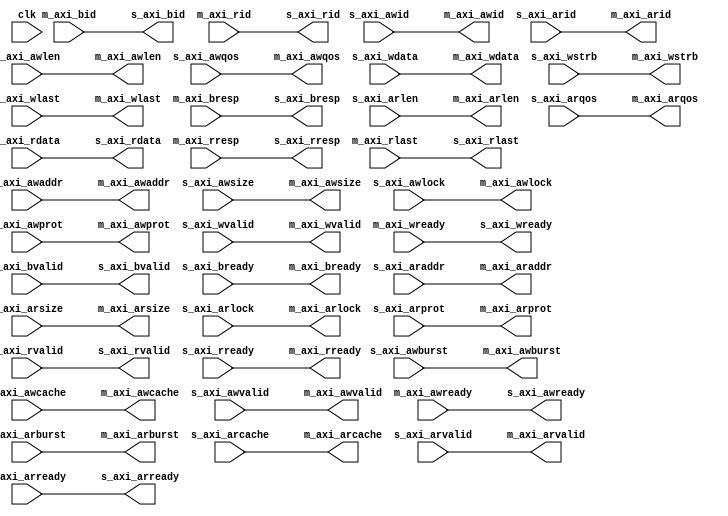
module axi_combiner #
(
	parameter integer C_M_AXI_ID_WIDTH	= 1,
	parameter integer C_M_AXI_ADDR_WIDTH	= 32,
	parameter integer C_M_AXI_DATA_WIDTH	= 32
)
(
	input wire clk,

	/// M_AXI_W
	output wire [C_M_AXI_ID_WIDTH-1 : 0] m_axi_awid,
	output wire [C_M_AXI_ADDR_WIDTH-1 : 0] m_axi_awaddr,
	output wire [7 : 0] m_axi_awlen,
	output wire [2 : 0] m_axi_awsize,
	output wire [1 : 0] m_axi_awburst,
	output wire  m_axi_awlock,
	output wire [3 : 0] m_axi_awcache,
	output wire [2 : 0] m_axi_awprot,
	output wire [3 : 0] m_axi_awqos,
	output wire  m_axi_awvalid,
	input wire  m_axi_awready,
	output wire [C_M_AXI_DATA_WIDTH-1 : 0] m_axi_wdata,
	output wire [C_M_AXI_DATA_WIDTH/8-1 : 0] m_axi_wstrb,
	output wire  m_axi_wlast,
	output wire  m_axi_wvalid,
	input wire  m_axi_wready,
	input wire [C_M_AXI_ID_WIDTH-1 : 0] m_axi_bid,
	input wire [1 : 0] m_axi_bresp,
	input wire  m_axi_bvalid,
	output wire  m_axi_bready,
	// M_AXI_R
	output wire [C_M_AXI_ID_WIDTH-1 : 0] m_axi_arid,
	output wire [C_M_AXI_ADDR_WIDTH-1 : 0] m_axi_araddr,
	output wire [7 : 0] m_axi_arlen,
	output wire [2 : 0] m_axi_arsize,
	output wire [1 : 0] m_axi_arburst,
	output wire  m_axi_arlock,
	output wire [3 : 0] m_axi_arcache,
	output wire [2 : 0] m_axi_arprot,
	output wire [3 : 0] m_axi_arqos,
	output wire  m_axi_arvalid,
	input wire  m_axi_arready,
	input wire [C_M_AXI_DATA_WIDTH-1 : 0] m_axi_rdata,
	input wire [C_M_AXI_ID_WIDTH-1 : 0] m_axi_rid,
	input wire [1 : 0] m_axi_rresp,
	input wire  m_axi_rlast,
	input wire  m_axi_rvalid,
	output wire  m_axi_rready,

	/// S_AXI_W
	input wire [C_M_AXI_ID_WIDTH-1 : 0] s_axi_awid,
	input wire [C_M_AXI_ADDR_WIDTH-1 : 0] s_axi_awaddr,
	input wire [7 : 0] s_axi_awlen,
	input wire [2 : 0] s_axi_awsize,
	input wire [1 : 0] s_axi_awburst,
	input wire  s_axi_awlock,
	input wire [3 : 0] s_axi_awcache,
	input wire [2 : 0] s_axi_awprot,
	input wire [3 : 0] s_axi_awqos,
	input wire  s_axi_awvalid,
	output wire  s_axi_awready,
	input wire [C_M_AXI_DATA_WIDTH-1 : 0] s_axi_wdata,
	input wire [C_M_AXI_DATA_WIDTH/8-1 : 0] s_axi_wstrb,
	input wire  s_axi_wlast,
	input wire  s_axi_wvalid,
	output wire  s_axi_wready,
	output wire [C_M_AXI_ID_WIDTH-1 : 0] s_axi_bid,
	output wire [1 : 0] s_axi_bresp,
	output wire  s_axi_bvalid,
	input wire  s_axi_bready,
	// S_AXI_R
	input wire [C_M_AXI_ID_WIDTH-1 : 0] s_axi_arid,
	input wire [C_M_AXI_ADDR_WIDTH-1 : 0] s_axi_araddr,
	input wire [7 : 0] s_axi_arlen,
	input wire [2 : 0] s_axi_arsize,
	input wire [1 : 0] s_axi_arburst,
	input wire  s_axi_arlock,
	input wire [3 : 0] s_axi_arcache,
	input wire [2 : 0] s_axi_arprot,
	input wire [3 : 0] s_axi_arqos,
	input wire  s_axi_arvalid,
	output wire  s_axi_arready,
	output wire [C_M_AXI_DATA_WIDTH-1 : 0] s_axi_rdata,
	output wire [C_M_AXI_ID_WIDTH-1 : 0] s_axi_rid,
	output wire [1 : 0] s_axi_rresp,
	output wire  s_axi_rlast,
	output wire  s_axi_rvalid,
	input wire  s_axi_rready
);
	assign m_axi_awid = s_axi_awid;
	assign m_axi_awaddr = s_axi_awaddr;
	assign m_axi_awlen = s_axi_awlen;
	assign m_axi_awsize = s_axi_awsize;
	assign m_axi_awburst = s_axi_awburst;
	assign m_axi_awlock = s_axi_awlock;
	assign m_axi_awcache = s_axi_awcache;
	assign m_axi_awprot = s_axi_awprot;
	assign m_axi_awqos = s_axi_awqos;
	assign m_axi_awvalid = s_axi_awvalid;
	assign s_axi_awready = m_axi_awready;
	assign m_axi_wdata = s_axi_wdata;
	assign m_axi_wstrb = s_axi_wstrb;
	assign m_axi_wlast = s_axi_wlast;
	assign m_axi_wvalid = s_axi_wvalid;
	assign s_axi_wready = m_axi_wready;
	assign s_axi_bid = m_axi_bid;
	assign s_axi_bresp = m_axi_bresp;
	assign s_axi_bvalid = m_axi_bvalid;
	assign m_axi_bready = s_axi_bready;
	// M_AXI_R
	assign m_axi_arid = s_axi_arid;
	assign m_axi_araddr = s_axi_araddr;
	assign m_axi_arlen = s_axi_arlen;
	assign m_axi_arsize = s_axi_arsize;
	assign m_axi_arburst = s_axi_arburst;
	assign m_axi_arlock = s_axi_arlock;
	assign m_axi_arcache = s_axi_arcache;
	assign m_axi_arprot = s_axi_arprot;
	assign m_axi_arqos = s_axi_arqos;
	assign m_axi_arvalid = s_axi_arvalid;
	assign s_axi_arready = m_axi_arready;
	assign s_axi_rdata = m_axi_rdata;
	assign s_axi_rid = m_axi_rid;
	assign s_axi_rresp = m_axi_rresp;
	assign s_axi_rlast = m_axi_rlast;
	assign s_axi_rvalid = m_axi_rvalid;
	assign m_axi_rready = s_axi_rready;

endmodule